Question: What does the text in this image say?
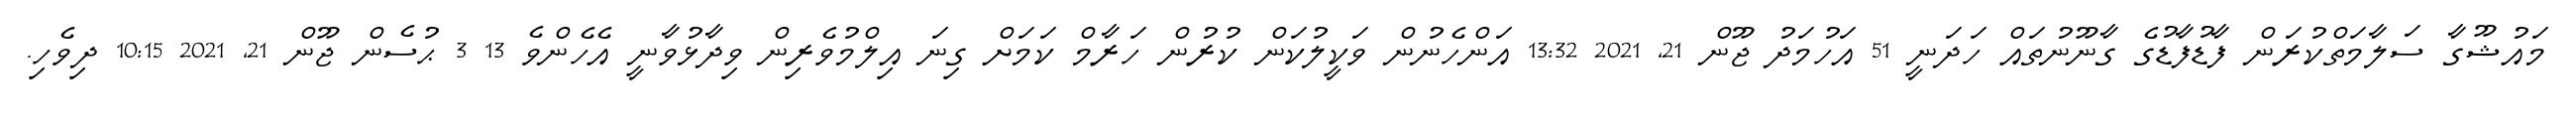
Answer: މައުޝޫގާ ސަލާމަތްކުރަން ފާޑުފާޑުގެ ގާނޫނުތައް ހަދަނީ 51 އަހުމަދު ޖޫން 21, 2021 13:32 އަންހެނުން ވަކީލުކަން ކުރުން ހަރާމް ކަމަށް ގިނަ އިލްމުވެރިން ވިދާޅުވާނީ އެހެންވެ 13 3 ޙުސެން ޖޫން 21, 2021 10:15 ދިވެހި.